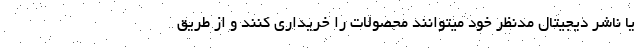
یا ناشر دیجیتال مدنظر خود میتوانند محصولات را خریداری کنند و از طریق